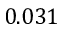
0 . 0 3 1